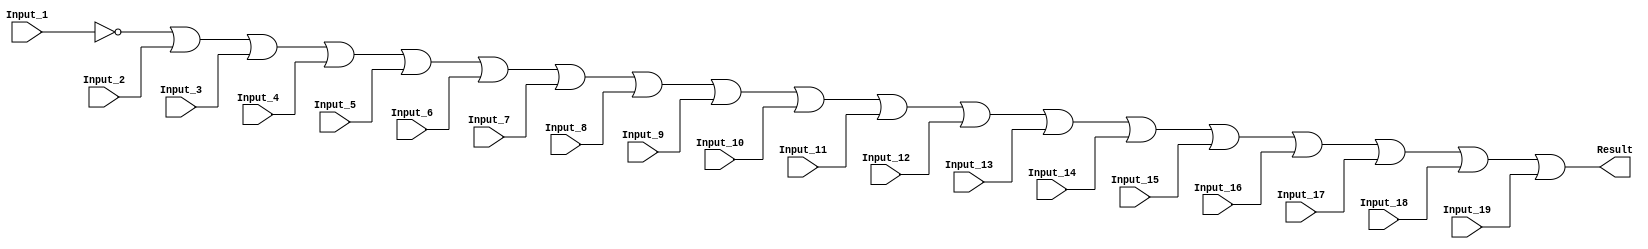
/******************************************************************************
 ** Logisim goes FPGA automatic generated Verilog code                       **
 **                                                                          **
 ** Component : OR_GATE_19_INPUTS                                            **
 **                                                                          **
 ******************************************************************************/

`timescale 1ns/1ps
module OR_GATE_19_INPUTS( Input_1,
                          Input_10,
                          Input_11,
                          Input_12,
                          Input_13,
                          Input_14,
                          Input_15,
                          Input_16,
                          Input_17,
                          Input_18,
                          Input_19,
                          Input_2,
                          Input_3,
                          Input_4,
                          Input_5,
                          Input_6,
                          Input_7,
                          Input_8,
                          Input_9,
                          Result);

   /***************************************************************************
    ** Here all module parameters are defined with a dummy value             **
    ***************************************************************************/
   parameter BubblesMask = 1;


   /***************************************************************************
    ** Here the inputs are defined                                           **
    ***************************************************************************/
   input  Input_1;
   input  Input_10;
   input  Input_11;
   input  Input_12;
   input  Input_13;
   input  Input_14;
   input  Input_15;
   input  Input_16;
   input  Input_17;
   input  Input_18;
   input  Input_19;
   input  Input_2;
   input  Input_3;
   input  Input_4;
   input  Input_5;
   input  Input_6;
   input  Input_7;
   input  Input_8;
   input  Input_9;

   /***************************************************************************
    ** Here the outputs are defined                                          **
    ***************************************************************************/
   output Result;

   /***************************************************************************
    ** Here the internal wires are defined                                   **
    ***************************************************************************/
   wire s_real_input_1;
   wire s_real_input_10;
   wire s_real_input_11;
   wire s_real_input_12;
   wire s_real_input_13;
   wire s_real_input_14;
   wire s_real_input_15;
   wire s_real_input_16;
   wire s_real_input_17;
   wire s_real_input_18;
   wire s_real_input_19;
   wire s_real_input_2;
   wire s_real_input_3;
   wire s_real_input_4;
   wire s_real_input_5;
   wire s_real_input_6;
   wire s_real_input_7;
   wire s_real_input_8;
   wire s_real_input_9;
   wire[18:0] s_signal_invert_mask;


   /***************************************************************************
    ** Here the bubbles are processed                                        **
    ***************************************************************************/
   assign s_signal_invert_mask = BubblesMask;
   assign s_real_input_1 = (s_signal_invert_mask[0]) ? ~Input_1: Input_1;
   assign s_real_input_2 = (s_signal_invert_mask[1]) ? ~Input_2: Input_2;
   assign s_real_input_3 = (s_signal_invert_mask[2]) ? ~Input_3: Input_3;
   assign s_real_input_4 = (s_signal_invert_mask[3]) ? ~Input_4: Input_4;
   assign s_real_input_5 = (s_signal_invert_mask[4]) ? ~Input_5: Input_5;
   assign s_real_input_6 = (s_signal_invert_mask[5]) ? ~Input_6: Input_6;
   assign s_real_input_7 = (s_signal_invert_mask[6]) ? ~Input_7: Input_7;
   assign s_real_input_8 = (s_signal_invert_mask[7]) ? ~Input_8: Input_8;
   assign s_real_input_9 = (s_signal_invert_mask[8]) ? ~Input_9: Input_9;
   assign s_real_input_10 = (s_signal_invert_mask[9]) ? ~Input_10: Input_10;
   assign s_real_input_11 = (s_signal_invert_mask[10]) ? ~Input_11: Input_11;
   assign s_real_input_12 = (s_signal_invert_mask[11]) ? ~Input_12: Input_12;
   assign s_real_input_13 = (s_signal_invert_mask[12]) ? ~Input_13: Input_13;
   assign s_real_input_14 = (s_signal_invert_mask[13]) ? ~Input_14: Input_14;
   assign s_real_input_15 = (s_signal_invert_mask[14]) ? ~Input_15: Input_15;
   assign s_real_input_16 = (s_signal_invert_mask[15]) ? ~Input_16: Input_16;
   assign s_real_input_17 = (s_signal_invert_mask[16]) ? ~Input_17: Input_17;
   assign s_real_input_18 = (s_signal_invert_mask[17]) ? ~Input_18: Input_18;
   assign s_real_input_19 = (s_signal_invert_mask[18]) ? ~Input_19: Input_19;

   /***************************************************************************
    ** Here the functionality is defined                                     **
    ***************************************************************************/
   assign Result = s_real_input_1 |
                   s_real_input_2 |
                   s_real_input_3 |
                   s_real_input_4 |
                   s_real_input_5 |
                   s_real_input_6 |
                   s_real_input_7 |
                   s_real_input_8 |
                   s_real_input_9 |
                   s_real_input_10 |
                   s_real_input_11 |
                   s_real_input_12 |
                   s_real_input_13 |
                   s_real_input_14 |
                   s_real_input_15 |
                   s_real_input_16 |
                   s_real_input_17 |
                   s_real_input_18 |
                   s_real_input_19;


endmodule